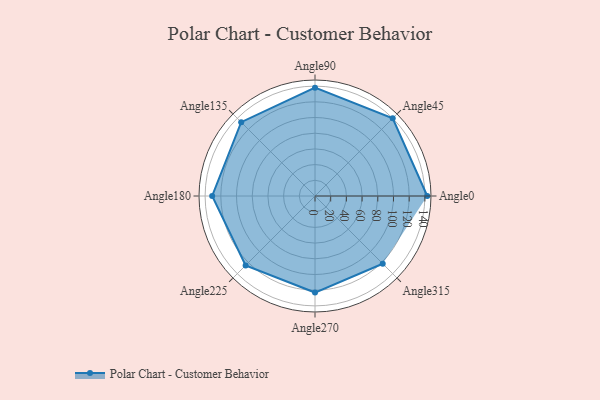
{"axis": {"x": "Angle", "y": "Radius"}, "legend": [""], "data": [{"x": "Angle0", "y": 143.0, "type": ""}, {"x": "Angle45", "y": 140.0, "type": ""}, {"x": "Angle90", "y": 138.0, "type": ""}, {"x": "Angle135", "y": 133.0, "type": ""}, {"x": "Angle180", "y": 131.0, "type": ""}, {"x": "Angle225", "y": 125.0, "type": ""}, {"x": "Angle270", "y": 123.0, "type": ""}, {"x": "Angle315", "y": 122.0, "type": ""}]}